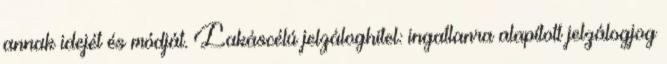
annak idejét és módját. Lakáscélú jelzáloghitel: ingatlanra alapított jelzálogjog